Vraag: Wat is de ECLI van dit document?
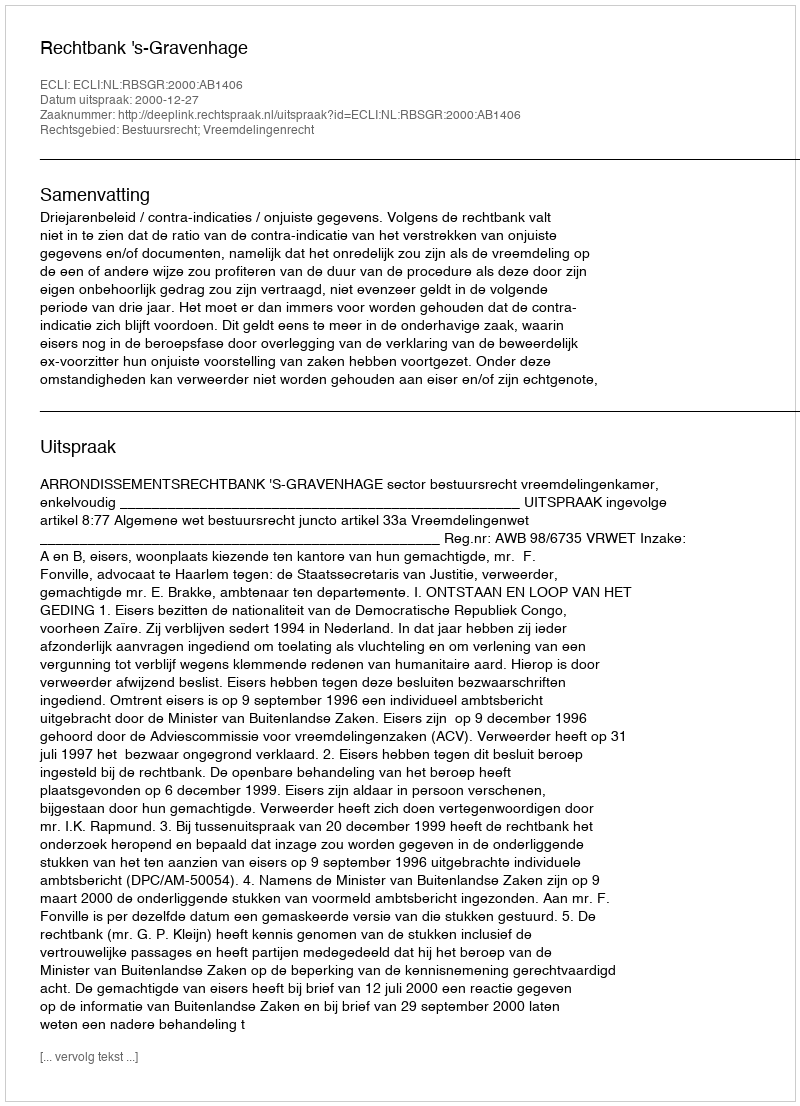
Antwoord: ECLI:NL:RBSGR:2000:AB1406